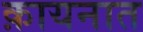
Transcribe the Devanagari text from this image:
क़ायनात